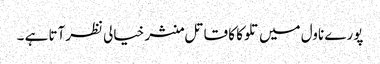
پورے ناول میں تلوکا کا قاتل منشر خیالی نظرآتا ہے ۔